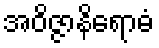
အဝိဇ္ဇာနိရောဓံ